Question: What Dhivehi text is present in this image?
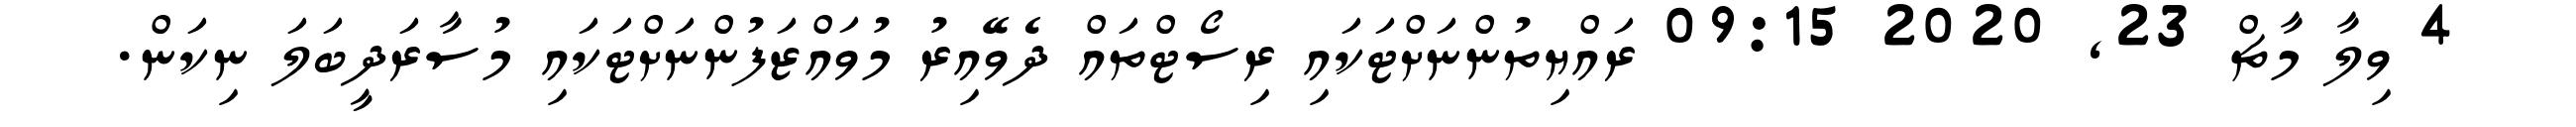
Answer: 4 ވިލާ މާޗް 23, 2020 09:15 ރައްޔިތުންނަށްޓަކައި ރިސޯޓްތައް ދެވޭއިރު މުވައްޒަފުންނަށްޓަކައި މުސާރަދީބަލަ ނިކަން.